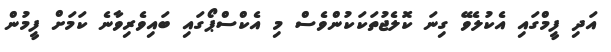
އަދި ފީމްގައި އެކުލެވޭ ގިނަ ކޮލެޖުތަކަކުންވެސް މި އެކްސްޕޯގައި ބައިވެރިވާނެ ކަމަށް ފީމުން